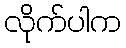
လိုက်ပါက